Annual report on the Civil Veterinary Department, Burma (including the Insein Veterinary School) - 1932-1941
Year: 1932
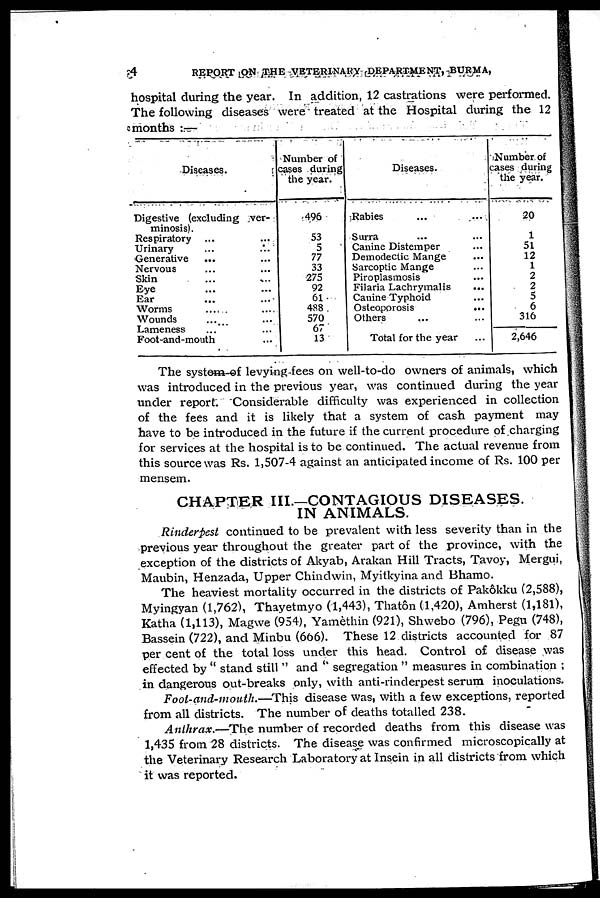
4
REPORT ON THE VETERINARY DEPARTMENT, BURMA,
hospital during the year. In addition, 12 castrations were performed.
The following diseases were treated at the Hospital during the 12
months :—
Diseases.
Digestive (excluding ver-
minosis).
Respiratory ... ...
Urinary ... ...
Generative
... ...
Nervous ... ...
Skin ... ...
Eye ... ...
Ear ... ...
Worms ... ...
Wounds ... ...
Lameness
...
Foot-and-mouth ...
Number of
cases during
the year.
496
53
5
77
33
275
92
61
4S8
570
67
13
Diseases.
Rabies ... ...
Surra ... ...
Canine Distemper ...
Deinodectic Mange ...
Sarcoptic Mange ...
Piroplasmosis ...
Filaria Lachrymalis ...
Canine Typhoid ...
Osteoporosis
...
Others ... ...
Total for the year ...
Number of
cases during
the year.
20
1
51
12
1
2
2
5
6
316
2,646
The system of levying fees on well-to-do owners of animals, which
was introduced in the previous year, was continued during the year
under report. Considerable difficulty was experienced in collection
of the fees and it is likely that a system of cash payment may
have to be introduced in the future if the current procedure of charging
for services at the hospital is to be continued. The actual revenue from
this source was Rs. 1,507-4 against an anticipated income of Rs. 100 per
mensem.
CHAPTER III—CONTAGIOUS DISEASES.
IN ANIMALS.
Rinderpest continued to be prevalent with less severity than in the
previous year throughout the greater part of the province, with the
exception of the districts of Akyab, Arakan Hill Tracts, Tavoy, Mergui,
Maubin, Henzada, Upper Chindwin, Myitkyina and Bhamo.
The heaviest mortality occurred in the districts of Pakôkku (2,588),
Myingyan (1,762), Thayetmyo (1,443), Thatôn (1,420), Amherst (1,181),
Katha (1,113), Magwe (954), Yamèthin (921), Shwebo (796), Pegu (748),
Bassein (722), and Minbu (666). These 12 districts accounted for 87
per cent of the total loss under this head. Control of disease was
effected by " stand still " and " segregation " measures in combination :
in dangerous out-breaks only, with anti-rinderpest serum inoculations.
Foot-and-mouth.—This disease was, with a few exceptions, reported
from all districts. The number of deaths totalled 238.
Anthrax.—The number of recorded deaths from this disease was
1,435 from 28 districts. The disease was confirmed microscopically at
the Veterinary Research Laboratory at Insein in all districts from which
it was reported.